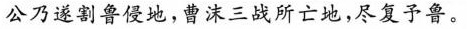
公乃遂割鲁侵地，曹沫三战所亡地，尽复予鲁。